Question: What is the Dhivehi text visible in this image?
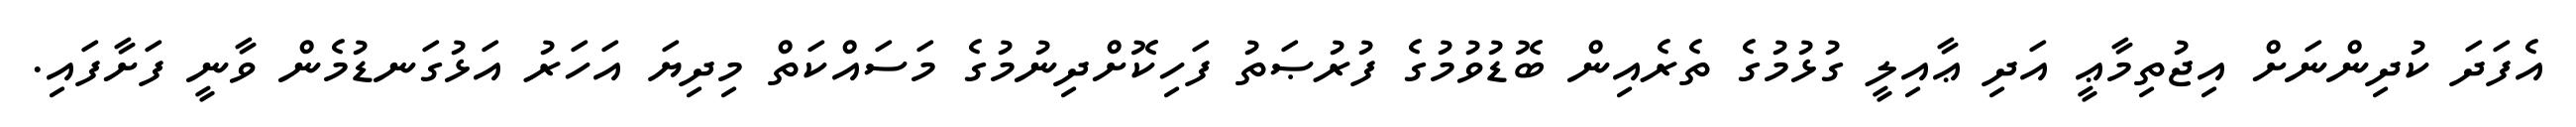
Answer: އެފަދަ ކުދިންނަށް އިޖުތިމާޢީ އަދި ޢާއިލީ ގުޅުމުގެ ތެރެއިން ބޮޑުވުމުގެ ފުރުޞަތު ފަހިކޮށްދިނުމުގެ މަސައްކަތް މިދިޔަ އަހަރު އަޅުގަނޑުމެން ވާނީ ފަށާފައި.